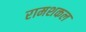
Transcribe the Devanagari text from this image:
रामशकल